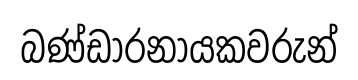
බණ්ඩාරනායකවරුන්